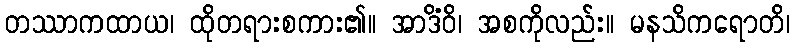
တဿာကထာယ၊ ထိုတရားစကား၏။ အာဒိံဝိ၊ အစကိုလည်း။ မနသိကရောတိ၊